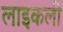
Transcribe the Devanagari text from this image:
लाइकली